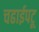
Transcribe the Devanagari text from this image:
चढाईपटू